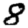
Digit: 8